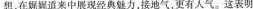
想，在娓娓道来中展现经典魅力，接地气，更有人气。这表明